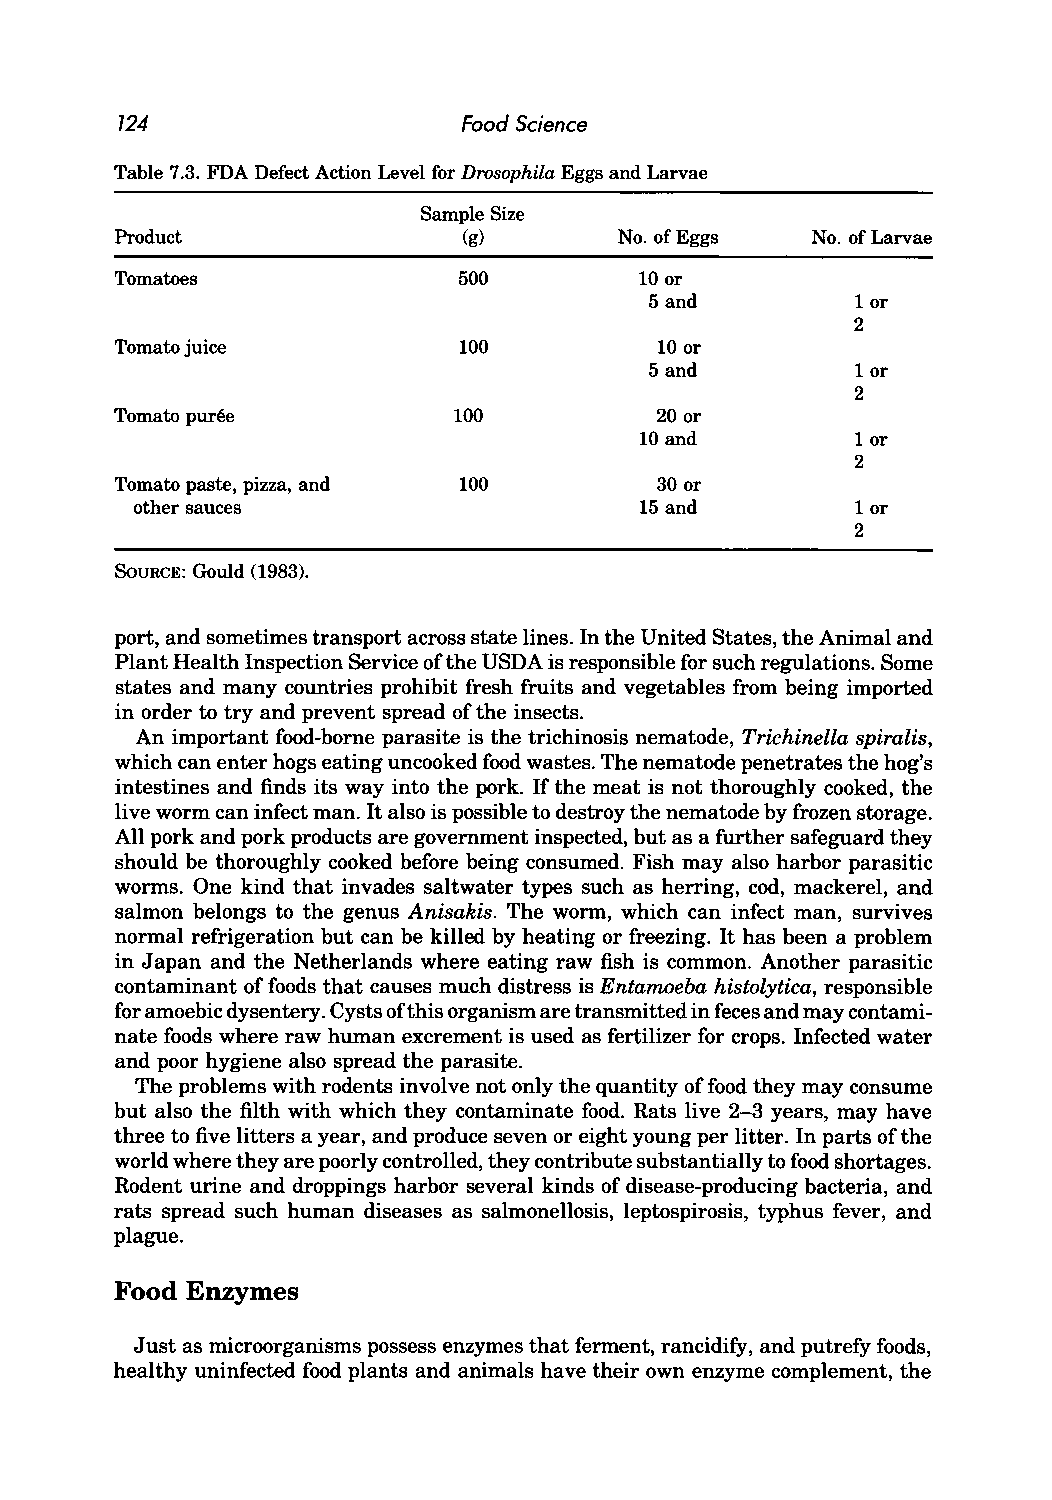
724                    Food Science
 Table 7.3. FDA Defect Action Level for Drosophila Eggs and Larvae
 Sample Size
 Product                (g)       No. of Eggs  No. of Larvae
 Tomatoes              500         10 or
 5 and         lor
 2
 Tomato juice          100          10 or
 5 and         lor
 2
 Tomato puree          100          20 or
 10 and         lor
 2
 Tomato paste, pizza, and 100       30 or
 other sauces                     15 and         lor
 2
 SoURCE: Gould (1983).
 port, and sometimes transport across state lines. In the United States, the Animal and
 Plant Health Inspection Service ofthe USDA is responsible for such regulations. Some
 states and many countries prohibit fresh fruits and vegetables from being imported
 in order to try and prevent spread of the insects.
 An important food-borne parasite is the trichinosis nematode, Trichinella spiralis,
 which can enter hogs eating uncooked food wastes. The nematode penetrates the hog's
 intestines and finds its way into the pork. If the meat is not thoroughly cooked, the
 live worm can infect man. It also is possible to destroy the nematode by frozen storage.
 All pork and pork products are government inspected, but as a further safeguard they
 should be thoroughly cooked before being consumed. Fish may also harbor parasitic
 worms. One kind that invades saltwater types such as herring, cod, mackerel, and
 salmon belongs to the genus Anisakis. The worm, which can infect man, survives
 normal refrigeration but can be killed by heating or freezing. It has been a problem
 in Japan and the Netherlands where eating raw fish is common. Another parasitic
 contaminant of foods that causes much distress is Entamoeba histolytica, responsible
 for amoebic dysentery. Cysts of this organism are transmitted in feces and may contami
 nate foods where raw human excrement is used as fertilizer for crops. Infected water
 and poor hygiene also spread the parasite.
 The problems with rodents involve not only the quantity of food they may consume
 but also the filth with which they contaminate food. Rats live 2-3 years, may have
 three to five litters a year, and produce seven or eight young per litter. In parts of the
 world where they are poorly controlled, they contribute substantially to food shortages.
 Rodent urine and droppings harbor several kinds of disease-producing bacteria, and
 rats spread such human diseases as salmonellosis, leptospirosis, typhus fever, and
 plague.
 Food Enzymes
 Just as microorganisms possess enzymes that ferment, rancidify, and putrefy foods,
 healthy uninfected food plants and animals have their own enzyme complement, the